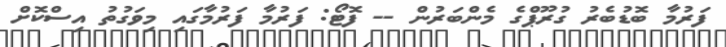
ފަރުމާ ބޮޑުބެރު ގުރޫޕްގެ މެންބަރުން -- ފޮޓޯ: ފަރުމާ ފަރުމާގައި މިވަގުތު އިސްކޮށް